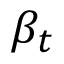
\beta _ { t }